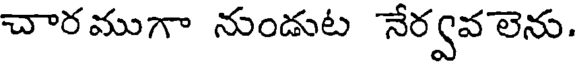
చారముగా నుండుట నేర్వవలెను.